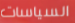
السياسات